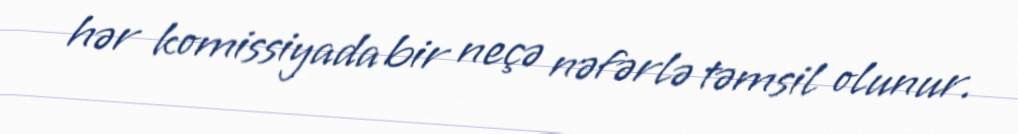
hər komissiyada bir neçə nəfərlə təmsil olunur.